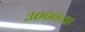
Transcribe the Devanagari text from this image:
३०००च्या